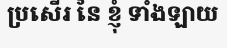
ប្រសើរ នៃ ខ្ញុំ ទាំងឡាយ